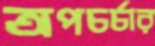
অপচর্চার